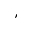
,